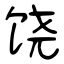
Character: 饶